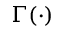
\Gamma ( \cdot )